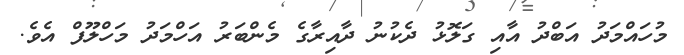
މުހައްމަދު އަބްދު އާއި ގަލޮޅު ދެކުނު ދާއިރާގެ މެންބަރު އަހްމަދު މަހްލޫފް އެވެ.